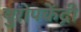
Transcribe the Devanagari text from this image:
युरोपकेंद्री